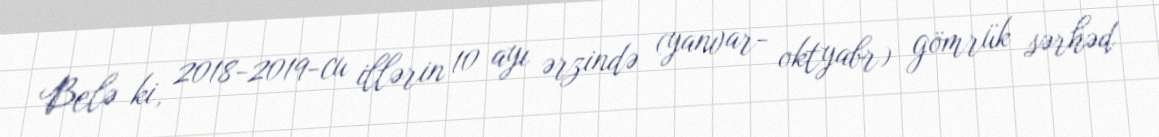
Belə ki, 2018-2019-cu illərin 10 ayı ərzində (yanvar- oktyabr) gömrük sərhəd